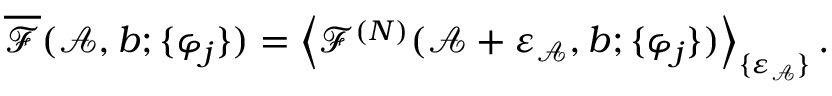
\overline { { \mathcal { F } } } ( \mathcal { A } , b ; \{ \varphi _ { j } \} ) = \left\langle \mathcal { F } ^ { ( N ) } ( \mathcal { A } + \varepsilon _ { \mathcal { A } } , b ; \{ \varphi _ { j } \} ) \right\rangle _ { \{ \varepsilon _ { \mathcal { A } } \} } .